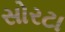
સોરટા